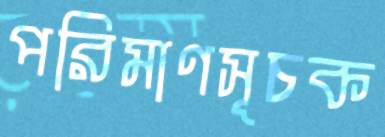
পরিমাণসূচক